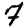
Digit: 7